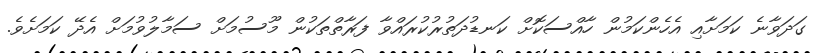
ގަދަވާނެ ކަމަށާއި އެހެންކަމުން ހާއްސަކޮށް ކަނޑުދަތުރުކުރައްވާ ފަރާތްތަކުން މޫސުމަށް ސަމާލުވުމަށް އެދޭ ކަމަށެވެ.